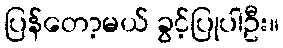
ပြန်တော့မယ် ခွင့်ပြုပါဦး။